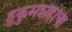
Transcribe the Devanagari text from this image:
हुकुमशहाचा